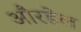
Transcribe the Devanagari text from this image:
औरडेल